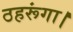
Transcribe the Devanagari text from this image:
ठहरूंगा।